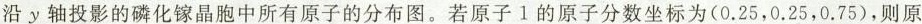
沿y轴投影的磷化镓晶胞中所有原子的分布图。若原子1的原子分数坐标为(0.25，0.25，0.75)，则原